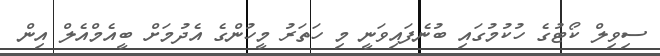
ސިވިލް ކޯޓުގެ ހުކުމުގައި ބުނެފައިވަނީ މި ހަތަރު މީހުންގެ އެދުމަށް ބީއެމްއެލް އިން